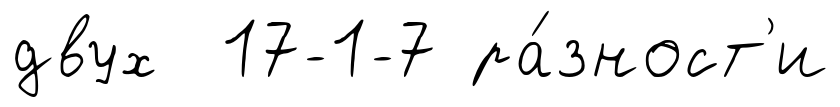
двух 17-1-7 ра́зност'и